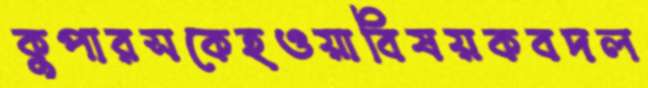
কুপারসকেহওয়াবিষয়কবদল